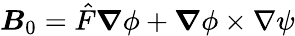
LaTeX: \boldsymbol{B}_{0}=\hat{F}\boldsymbol{\nabla}\phi+\boldsymbol{\nabla}\phi\times\nabla\psi